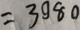
= 3 9 8 0